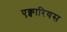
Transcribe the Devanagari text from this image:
एक्वारियस